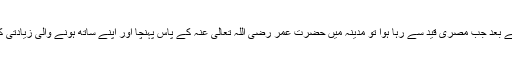
ایک عرصہ کے بعد جب مصری قید سے رہا ہوا تو مدینہ میں حضرت عمر رضی اللہ تعالیٰ عنہ کے پاس پہنچا اور اپنے ساتھ ہونے والی زیادتی کی شکایت کی۔